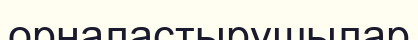
орналастырушылар